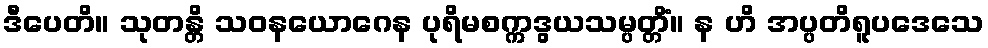
ဒီပေတိ။ သုတန္တိ သဝနယောဂေန ပုရိမစက္ကဒွယသမ္ပတ္တိံ။ န ဟိ အပ္ပတိရူပဒေသေ